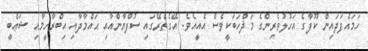
ހަމައެފަދައިން ކޫފާގެ އަހުލުވެރިންގެ މަޛްހަބަކީވެސް އެއީއެވެ. އޭގެތެރޭގައި ސުފްޔާންއާއި ޙައްމާދާއި އިބްރާހީމާއި ޝަޢްބީ